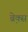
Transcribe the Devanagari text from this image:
ब्रे़क्स